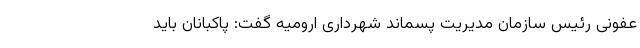
عفونی رئیس سازمان مدیریت پسماند شهرداری ارومیه گفت: پاکبانان باید